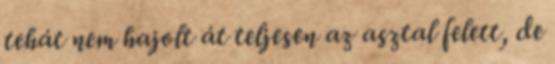
tehát nem hajolt át teljesen az asztal felett, de